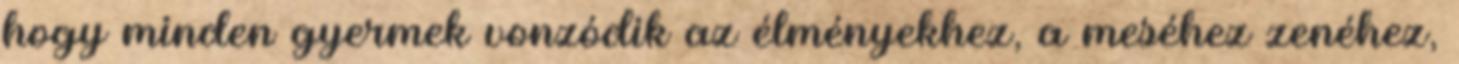
hogy minden gyermek vonzódik az élményekhez, a meséhez zenéhez,